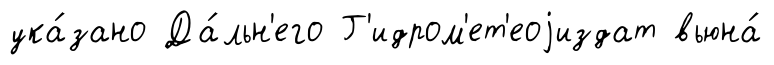
ука́зано Да́льн'его Г'идром'ет'еоjиздат вьюна́